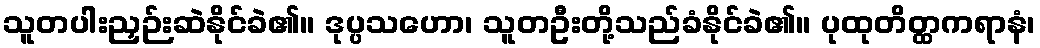
သူတပါးညှဉ်းဆဲနိုင်ခဲ၏။ ဒုပ္ပသဟော၊ သူတဦးတို့သည်ခံနိုင်ခဲ၏။ ပုထုတိတ္ထကရာနံ၊